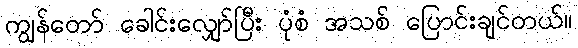
ကျွန်တော် ခေါင်းလျှော်ပြီး ပုံစံ အသစ် ပြောင်းချင်တယ်။